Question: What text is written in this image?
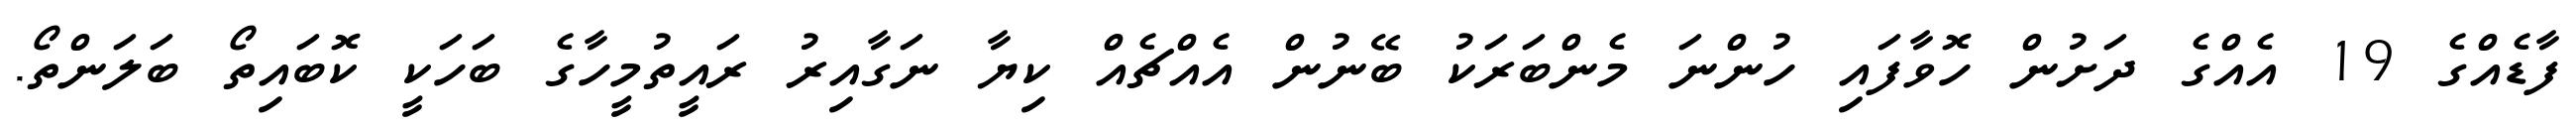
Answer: ފާޑެއްގެ 19 އެއްގެ ދަށުން ހޮވާފައި ހުންނަ މެންބަރަކު ބޭނުން އެއްޗެއް ކިޔާ ނަގާއިރު ރައީތުމީހާގެ ބަހަކީ ކޮބައިތޯ ބަލަންތޯ.